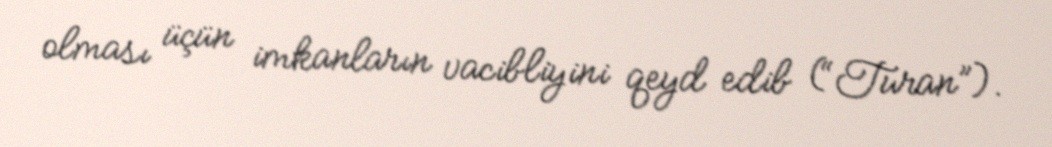
olması üçün imkanların vacibliyini qeyd edib (“Turan”).